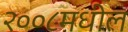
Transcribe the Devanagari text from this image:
२००८मधील